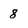
Character: 8